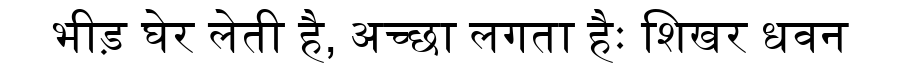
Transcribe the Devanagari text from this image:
भीड़ घेर लेती है, अच्छा लगता हैः शिखर धवन